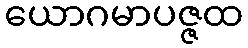
ယောဂမာပဇ္ဇထ